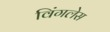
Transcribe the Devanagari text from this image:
विंगलेस